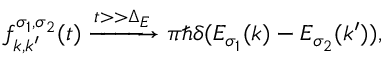
f _ { k , k ^ { \prime } } ^ { \sigma _ { 1 } , \sigma _ { 2 } } ( t ) \xrightarrow { t > > \Delta _ { E } } \pi \hbar \delta ( E _ { \sigma _ { 1 } } ( k ) - E _ { \sigma _ { 2 } } ( k ^ { \prime } ) ) ,